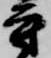
守